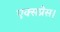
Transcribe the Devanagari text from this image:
एक्‍सप्रेस।